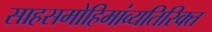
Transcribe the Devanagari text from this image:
साहसमोहिमांव्यतिरिक्त